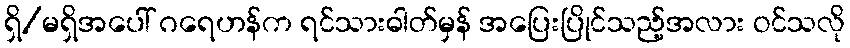
ရှိ/မရှိအပေါ် ဂရေဟန်က ရင်သားဓါတ်မှန် အပြေးပြိုင်သည့်အလား ဝင်သလို